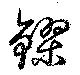
鏐